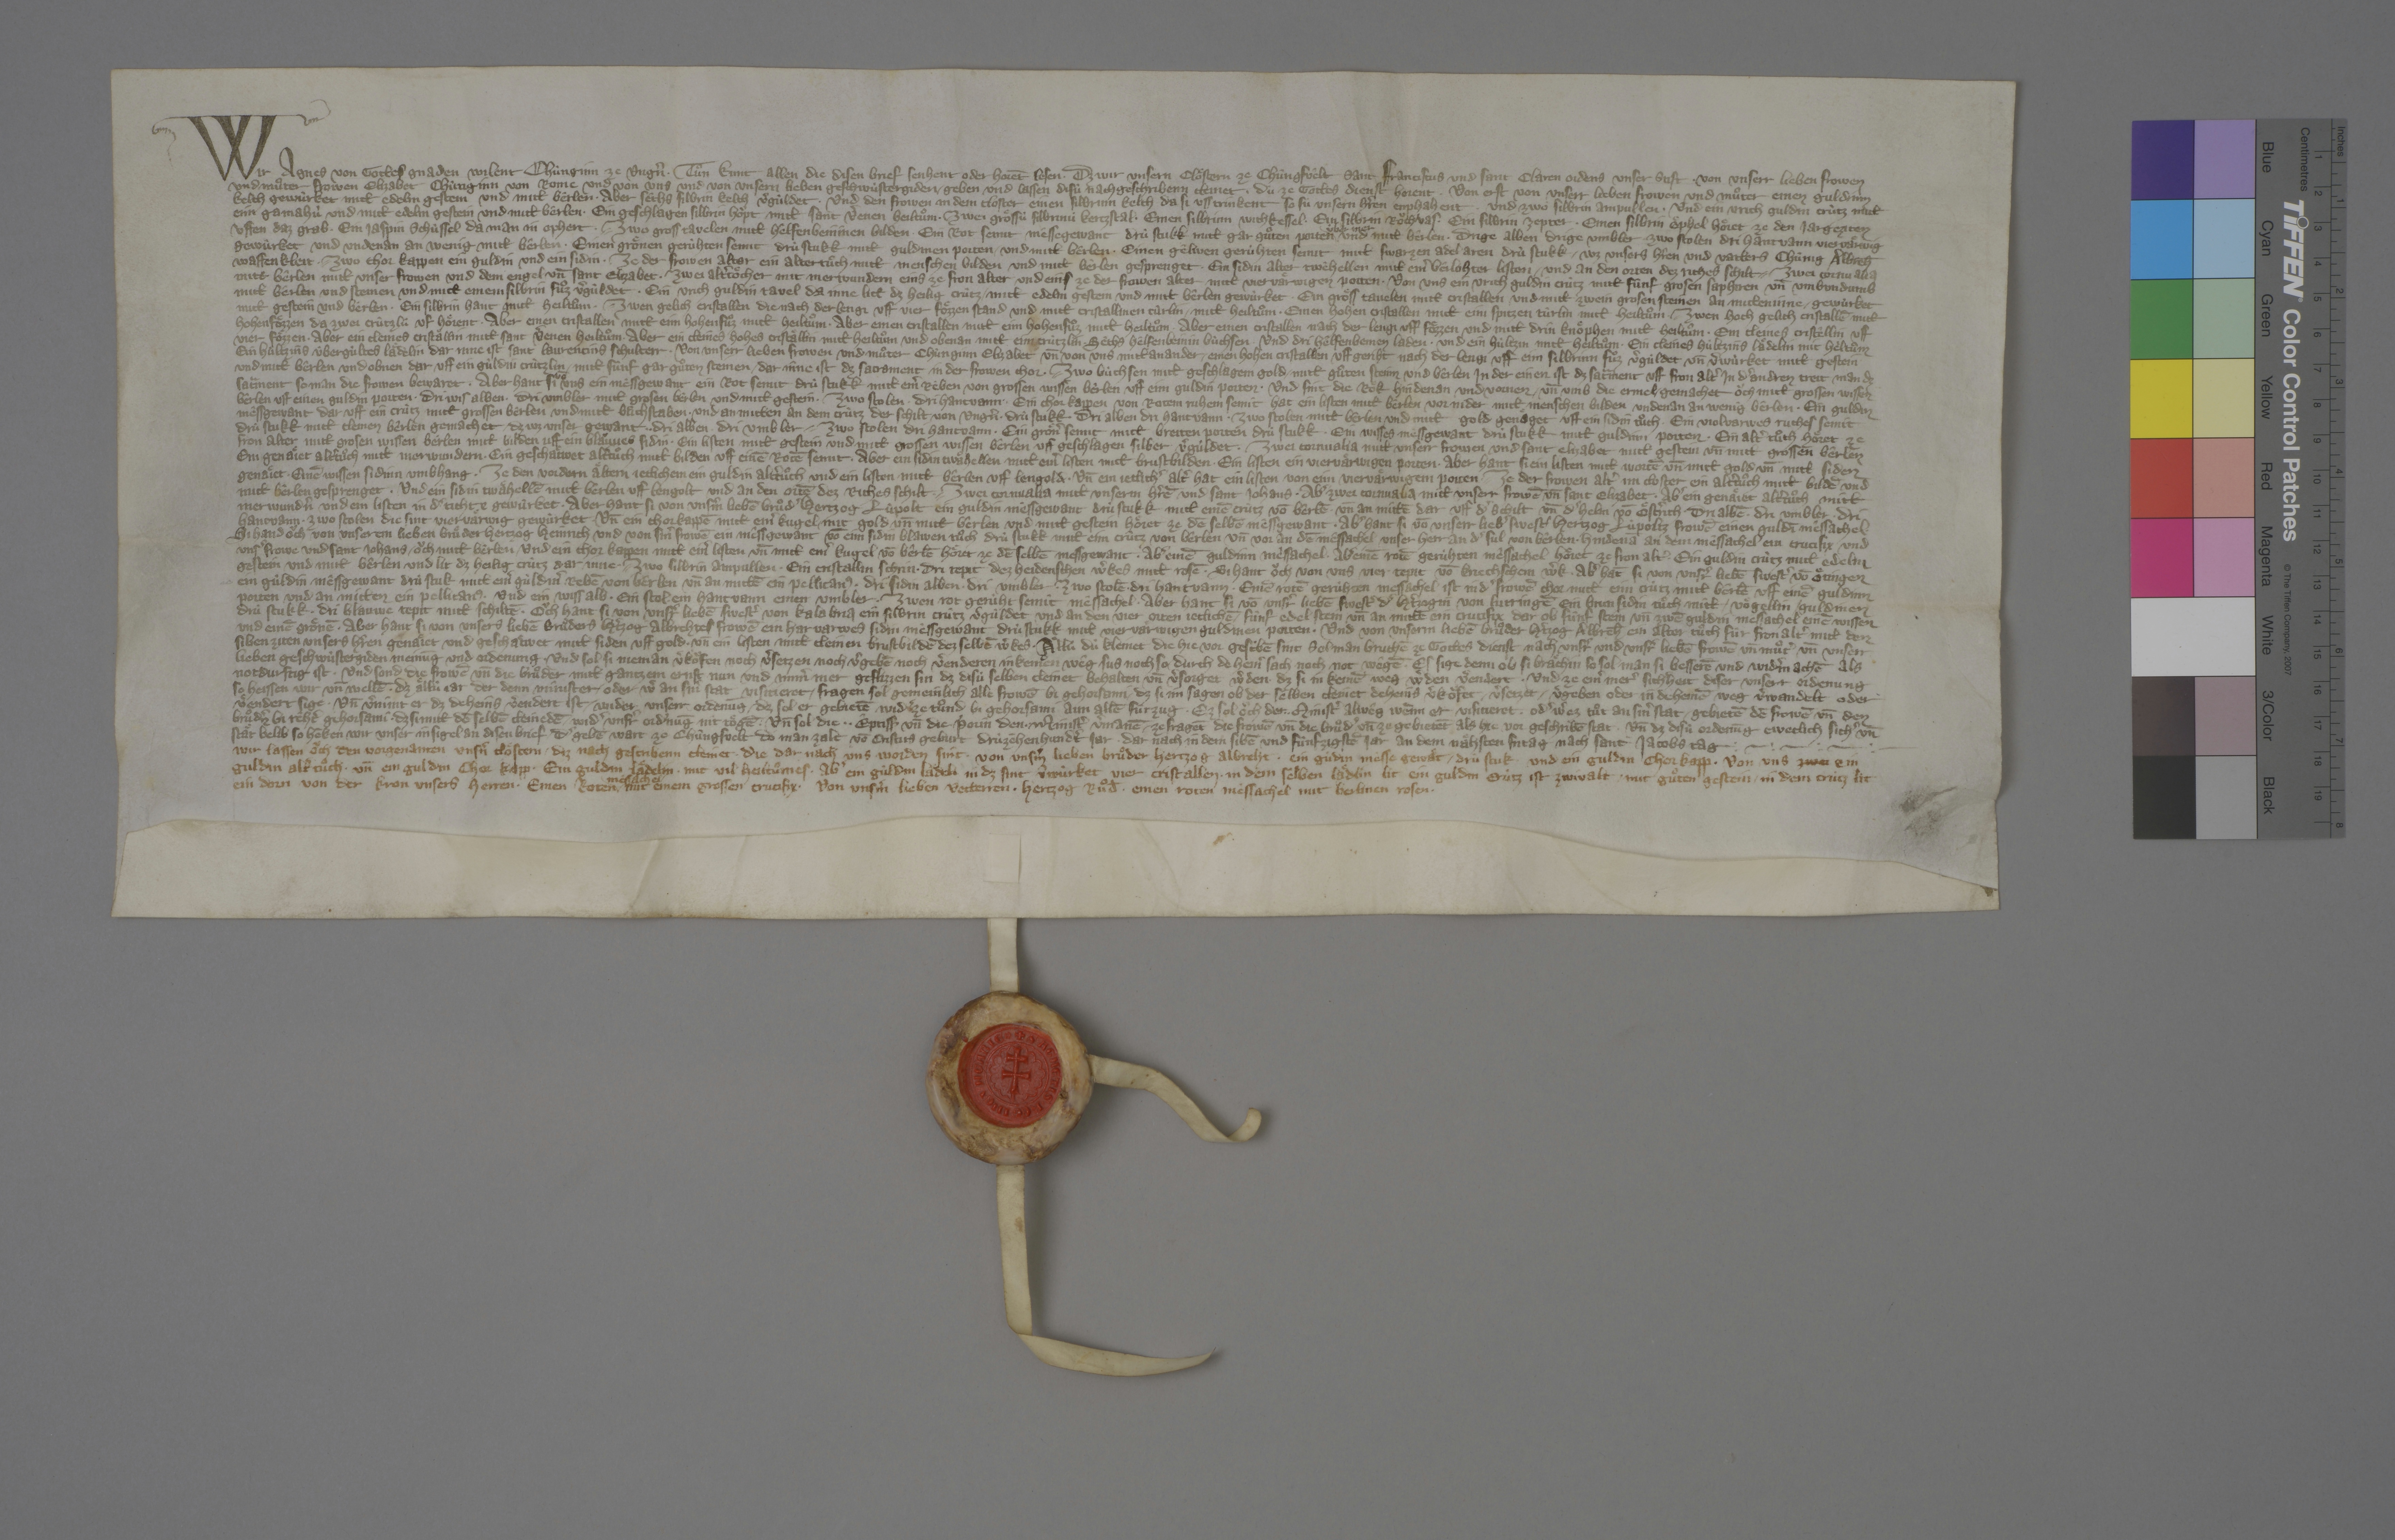
Transcription:
Wir, Agnes, von gottes gnaden wilent chùnginn ze Ungˀn, ✳ tuͦn kunt allen die disen brief senhent oder horēt lesen, ✳ dz wir unsern cloͤstern ze Chûngsvêlt Sant Franciscus und Sant Claren ordens, unser stift, ✳ von unserr lieben frowen
und muͦter, frowen Elizabet, chûnginn von Rome, und von uns und von unsern lieben geschwùstergiden ✳ geben und lassen disù nachgeschribenn cleinet, ✳ dù ze gottes dienst horent. ✳ von erst von unserr lieben frowen und muͦter: einen guldinin
kelch, gewùrket mitt edelm gestein und mitt bêrlen. ✳ aber sêchs silbrin kelch, vˀgùldet. ✳ und den frowen in dem closter einen silbrinn kelch, da si uss trinkent, so sù unsern hˀren enphahent. ✳ und zwo silbrin ampullen. ✳ und ein urich guldin crùtz mitt
eim gamahù und mitt edelm gestein und mitt bêrlen. ✳ ein geschlagen silbrin hoͧpt mitt sant Vˀenen heiltuͦm. ✳ zwei groͤssù silbrinù kertzstal. ✳ einen silbrinn wichkessel. ✳ ein silbrin roͧchvas. ✳ ein silbrin zepter. ✳ einen silbrin oͤphel, hoͤret ze den jargeziten
uffen daz grab. ✳ ein jaspin schûssel, da man in ophert. ✳ ✳ zwo gross tavelen mitt hêlfenbeininen bilden. ✳ ein rot semit mêssegewant, drù stukk, mitt gar guͦten porten
ùber inen
und mitt bêrlen. ✳ drige alben. drige umbler. zwo stolen. dri hantvann, viervaͤrwig
gewùrket und undenan an wenig mitt bêrlen. ✳ einen groͤnen gerùhten semit, drù stukk, mitt guldinen porten ✳ und mitt bêrlen. ✳ einen gêlwen gerùhten semit mitt swarzen adel aren, drù stukk, ✳ wz unsers hˀren und vatters, chûnig Albr̄eh,
waffenkleit. ✳ ✳ zwo chor kappen, ein guldin und ein sidin. ✳ ze der frowen altar ein altertuͦch mitt menschen bilden und mitt bêrlen gesprenget. ✳ ein sidin alter twêhellen mitt einˀ bêrlohrter listen ✳ und an den orten dez riches schilt. ✳ ✳ zwei cornualia
mitt bêrlen, mitt unser frowen und dem engel un̄ sant Elizabet. ✳ zwei altˀtoͤcher mit merwundern, eins ze fron alter und eins ze der frowen alter, mitt viervaͤrwigen porten. ✳ von uns: ein urich guldin crùtz mitt fûnf grosen saphiren un̄ umbundumb
mitt bêrlen und steinen und mitt einem silbrin fuͦz, vˀgùldet. ✳ ein urich guldin tavel, da inne litt dz heilig crûtz, ✳ mitt edelm gestein und mitt bêrlen gewùrket. ✳ ein groͤss tavelen mitt cristallen und mitt zwein grosen steinen an mitteninne, ✳ gewùrket
mitt gestein und bêrlen. ✳ ein silbrin hant mitt heiltuͦm. ✳ ✳ zwen gelich cristallen, die nach der lengi uff vier foͤzzen stand und mitt cristallinen tùrlin, ✳ mitt heiltuͦm. ✳ einen hohen cristallen mitt eim spitzen tûrlin, mitt heiltuͦm. ✳ zwen hoch gelich cristallē mitt
hohen foͤzzen, da zwei crûtzlù uf hoͤrent. ✳ aber einen cristallen mitt eim hohen fuͦz, mitt heiltuͦm. ✳ aber einen cristallen mitt eim hohen fuͦz, mitt heiltuͦm. ✳ aber einen cristallen, nach der lengi uff foͤzzen und mitt drin knoͤphen, mitt heiltuͦm. ✳ ein cleines cristêllin uff
vier foͤzzen. ✳ aber ein cleines cristaͤllin mitt sant Vˀenen heiltuͦm. ✳ aber ein cleines hohes cristaͤllin mitt heiltuͦm und obenan mitt eim crùtzlin. ✳ sêchs hêlfenbeinin bùchsen ✳ und dri hêlfenbeinen laden ✳ und ein hùltzin mitt heiltuͦm. ✳ ein cleines hùltzins laͤdelin mit heͥltuͦm.
ein huͤltzins ùbergùltes laͤdelin, dar inne ist sant Laurentins schulterr. ✳ von unserr lieben frowen und muͦter chùnginn Elizabet un̄ von uns mitt an ander: ✳ einen hohen cristallen, uff geriht nach der lengi uff ein silbrinn fuͦz, vˀgùldet un̄ vˀwùrket mitt gestein
und mitt bêrlen und obnen dar uff ein gùldin crùtzlin ✳ mitt fûnf gar guͦten steinen, ✳ dar inne ist dz sacrament in der frowen chor. ✳ ✳ zwo bùchsen mitt geschlagem gold, ✳ mitt guͦten steinn und bêrlen, in der einen ist dz sac̃ment uff fron altˀ, in dˀ andren treit man dz
sac̃ment, so man die fromen bewaret. ✳ aber hant si
vō
uns ein mèssgewant, ein rot semit, drù stukk, mitt einˀ rèben von grossen wissen bêrlen uff eim guldin porten, ✳ und sint die roͤk hindenan und vornen ✳ un̄ umb die ermel ✳ gemachet oͧch mitt grossen wissen
bêrlen uff einen guldin porten. ✳ dri wis alben. ✳ dri umbler mitt grosen bêrlen und mitt gestein. ✳ zwo stolen. ✳ dri hantvann. ✳ ein chorkappen von rotem ruhem semit, hat ein listen mitt bêrlen vor nider mitt menschen bilden, undenan an wenig bêrlen. ✳ ein guldin
mêssgewant, dar uff ein crùtz mitt grossen bêrlen und mitt buͦchstaben, ✳ und an mitten an dem crùtz der schilt von Ungnˀ, ✳ drù stukk. ✳ dri alben. dri hantvann. ✳ zwo stolen mitt bêrlen und mitt gold genaͤget uff ein sidin tuͦch. ✳ ein violvarwes ruches semit,
drù stukk, mit cleinen bêrlen gemachet, ✳ dz wz unser gewant. ✳ ✳ dri alben. ✳ dri umbler. ✳ ✳ zwo stolen. dri hantvann. ✳ ein groͤnˀ semit mitt breiten porten, drù stukk. ✳ ein wisses mêssgewant, drù stukk, mitt guldnin porten. ✳ ein altˀtuͦch, hoͤret ze
fron alter, mitt grosen, wissen bèrlen, mitt bilden uff ein blaùves sidin. ✳ ein listen mitt gestein und mitt grossen wissen bêrlen uff geschlagen silber, vˀgùldet. ✳ zwei cornualia mitt unserr frowen und sant Elizabet mitt gestein un̄ mitt grossen bêrlen.
ein genaͤiet altˀtuͦch mitt merwundern. ✳ ein geschaͤtwet altˀtuͦch mitt bilden uff einē rotē semit. ✳ aber ein sidin twaͤhellen mitt einˀ listen mitt brustbilden. ✳ ein listen, ein viervaͤrwigen porten. ✳ aber hant si ein listen mitt wortē un̄ mitt gold un̄ mitt siden
genaͤiet. ✳ einē wissen sidinn umbhang. ✳ ze den vordern aͤltern jetlichem ein guldin altˀtuͦch und ein listen mitt bêrlen uff lengold. ✳ un̄ ein jetlichˀ altˀ hat ein listen von eim viervaͤrwigem porten. ✳ ✳ ze der frowen altˀ im closter ein altˀtuͦch mitt bildē und
mitt bêrlen gesprenget. ✳ und ein sidin twaͤhellē mitt bêrlen uff lengolt und an den ortē dez riches schilt. ✳ ✳ zwei cornualia mitt unserm hˀrē und sant Johans. ✳ abˀ zwei cornualia mitt unserr frowē un̄ sant Elizabet. ✳ abˀ ein genaͤiet altˀtuͦch mitt
merwundˀn und ein listen in dˀ tichte gewùrket. ✳ aber hant si von unsˀm liebē bruͦdˀ hertzog Lùpolt: ein guldin mèssgewant, drù stukk, mitt einē crùtz vō bêrlē ✳ un̄ an mittē dar uff dˀ schilt un̄ dˀ helm vō Oͤstˀrich. ✳ dri albē.✳ dri umbler. ✳ dri
hantvann. ✳ zwo stolen, die sint viervaͤrwig gewùrket. ✳ un̄ ein chorkappē mitt einˀ kugel ✳ mit gold un̄ mitt bêrlen und mitt gestein, hoͤret ze dē selbē mêssgewant. ✳ abˀ hant si vō unserr liebˀ swestˀ, hertzog Lùpoltz frowē, einen guldī mêssachel. ✳
si hand oͧch von unserem lieben bruͦder hertzog Heinrich und von sinˀ frowē: ein mêssgewant vō eim sidin blawen tuͦch, drù stukk, mitt eim crûtz von bêrlen, un̄ vor an dē mêssachel unser herr an dˀ sul, von bêrlen, ✳ hindenā an dem mêsssachel ein crucifix und
unsˀ frowe und sant Johans, ✳ oͧch mitt bêrlen. ✳ und ein chor kappen mitt einˀ listen un̄ mitt einˀ kugel vō bêrlē, hoͤret ze dē selbē messgewant. ✳ abˀ einē guldinn mêssachel. ✳ abˀ einē rotē gerùhten mêssachel, hoͤret ze fron altˀ. ✳ ein guldin crùtz mitt edelm
gestein und mitt bêrlen, und lit dz heilig crùtz dar inne. ✳ ✳ zwo silbrin ampullen. ✳ ein cristallin schrin. ✳ dri tepit dez heidenschen wˀkes mitt rosē. ✳ si hant oͧch von uns vier tepit vō kriechschem wˀk. ✳ abˀ hāt si von unsrˀ liebē swestˀ vō Oͤtingen:
ein gùldin mêssgewant, drù stuk, mitt einˀ gùldinˀ rebē von bêrlen un̄ an mittē ein pellicanꝰ. ✳ dri sidin alben. ✳ dri umbler. ✳ zwo stolē. ✳ dri hantvann. ✳ einē rotē gerùhten messachel, ist in dˀ frowē chor, mitt eim crùtz mitt bêrlē uff einē guldinn
porten und an mitten ein pellicanꝰ. ✳ und ein wiss alb. ✳ ein stol. ✳ ein hantvann. einen umbler. ✳ zwen rot gerùht semit mêssachel. ✳ aber hant si vō unsrˀ liebē swestˀ, dˀ hˀtzogin von Lutringē: ein brun sidin tuͦch mitt ✳ voͤgellin, ✳ guldinen,
drù stukk. ✳ dri blauwe tepit mitt schiltē. ✳ oͧch hant si von unsrˀ liebē swestˀ von Kalabria: ein silbrin crùtz, vˀgùldet, und an den vier orten jeclichē ✳ fùnf edelstein un̄ an mittē ein crucifix, dar ob fùnf stein. un̄ zwē guldin messachel, einē wissen
und einē groͤnē. ✳ aber hant si von unsers liebē bruͦders, hˀtzog Albrehtes, frowē ein har varwes sidin mêssgewant, drù stukk, mitt viervaͤrwigen guldinen porten. ✳ und von unserm liebē bruͦder hˀtzog Albreh̄ ein alter tuͦch fùr fronaltˀ, mitt den
siben ziten unsers hˀren genaͤiet und geschaͤtwet mitt siden uff gold. ✳ un̄ ein listen mitt cleinen brustbildē dez selbē wˀkes. ✳ aͤllù dù kleinet, die hie vor gescˀͥbē sint, sol man bruchē ze gottes dienst nach unsrˀ und unsrˀ liebē frowē un̄ muͦtˀ un̄ unserr
lieben geschwùstergiden meinūg und ordenung ✳ und sol si nieman vˀkoͧfen noch vˀsetzen, noch vˀgebē noch vˀenderen in keinen wêg sus noch so, durch de heinˀ sach noch not wêgē, ✳ es sige denn, ob si braͤchin, so sol man si besserē und widˀmachē, als
notdurftig ist. ✳ und sond die frowē un̄ die bruͦder mitt gantzem ernst nun und immˀ mer geflizzen sin, dz disù selben cleinet behalten un̄ vˀsorget wˀden, ✳ dz si in keinē weg wˀden vˀendert. ✳ und ze einˀ merˀ sichˀheit diser unserr ordenung,
so heissen wir un̄ wellē, ✳ dz aͤllù jar der denn minister, ✳ oder wˀ an sinˀ stat visitieret, ✳ fragen sol gemeinlich alle frowē bi gehorsami, ✳ dz si im sagen, ob der selben cleinet deheins vˀkoͧfet, ✳ vˀsetzet, ✳ vˀgeben oder in deheinē weg vˀwandelt oder
vˀendert sige. ✳ un̄ vˀnimt er, dz deheins vˀendert ist ✳ wider unserr ordenūg, ✳ dz sol er gebietē widˀ ze tuͦnd bi gehorsami aun allē fùrzug. ✳ ez sol oͧch der ✳ ✳ ministˀ alwêg, weͣnn er visitieret, ✳ odˀ wˀ ez tuͦt an sinˀ stat, ✳ gebietē dē frowē un̄ den
bruͦdˀn bi rêhtˀ gehorsami, ✳ dz si mitt dē selbē cleinedē ✳ widˀ unsrˀ ordˀnūg nit toͤgē. ✳ un̄ sol die ✳ ✳ êptiss₎ un̄ die pˀorin den ✳ ministˀ vˀmanē ✳ ze fragēt die frowē un̄ die bruͦdˀ un̄ ze gebietēt, als hie vor geschribē stat. ✳ un̄ dz disù ordenūg eweclich sichˀ un̄
staͤt belib, so hēken wir unser insigel an disen brief, ✳ dˀ gebē wart ze Chûngsvelt, do man zalt vō Cristus geburt drùzêhenhundˀt jar, ✳ dar nach in dem sibē und fùnfzigstē jar, an dem naͤhsten fritag nach sant Jacobs tag. ✳
wir lassen oͧch den vorgenanten unsˀn cloͤstern ✳ diz nach gescribenn cleinet, ✳ die dar nach uns worden sint. ✳ von unsˀm lieben bruͦder hertzog Albreht: ✳ ein gùdin mêsse gewat, ✳ drù stuk, ✳ und ein guldin chorkapp. ✳ von uns: zwei ein
guldin altˀtuͦch ✳ un̄ ein guldin chor kapp. ✳ ein guldin laͤdelin ✳ mit vil heiltuͦmes. ✳ abˀ ein gùldin laͤdeli, in dz sint vˀwùrket vier cristallen, ✳ in dem selben laͤdlin lit ein guldin crùtz, ist zwivalt ✳ mit guͦten gestein, ✳ in dem crùtz lit
ein dorn von der kron unsers herren. ✳ einen roten
mêszachel
mit einem grossen crucifix. ✳ von unsˀm lieben vetterren, ✳ hertzog Ruͦd̄: ✳ einen roten mêssachel mit berlinen rosen.